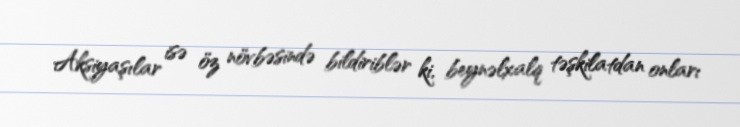
Aksiyaşılar isə öz növbəsində bildiriblər ki, beynəlxalq təşkilatdan onları